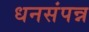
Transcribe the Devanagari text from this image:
धनसंपन्न